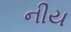
નીય